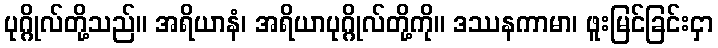
ပုဂ္ဂိုလ်တို့သည်။ အရိယာနံ၊ အရိယာပုဂ္ဂိုလ်တို့ကို။ ဒဿနကာမာ၊ ဖူးမြင်ခြင်းငှာ